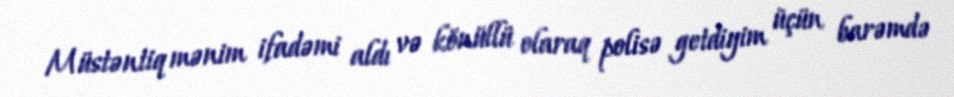
Müstəntiq mənim ifadəmi aldı və könüllü olaraq polisə getdiyim üçün barəmdə